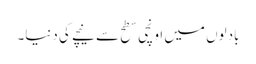
بادلوں میں اونچی سطح سے نیچے کی دنیا۔